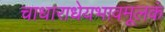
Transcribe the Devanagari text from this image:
चाधाराधेयभावमूलकं